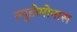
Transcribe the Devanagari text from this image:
स्युडोमोनास